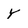
Character: y